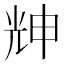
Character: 𠒗